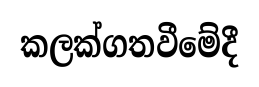
කලක්ගතවීමේදී